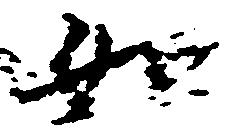
如